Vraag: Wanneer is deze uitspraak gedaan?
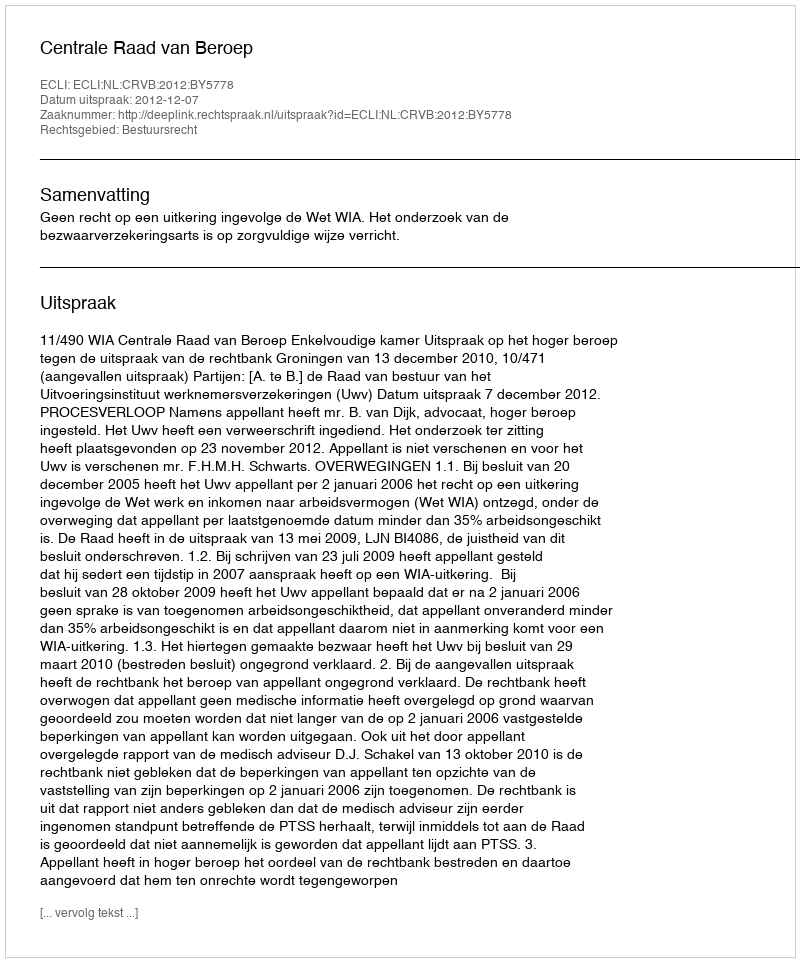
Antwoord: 2012-12-07